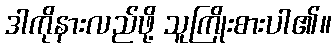
ဒါကိုနားလည်ဖို့ သူကြိုးစားပါ၏။